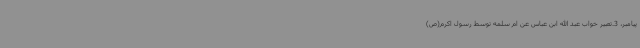
پیامبر، 3.تعبیر خواب عبد الله ابن عباس عن ام سلمه توسط رسول اکرم(ص)